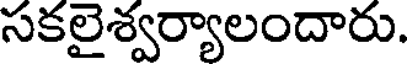
సకలైశ్వర్యాలందారు.